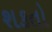
શકતો